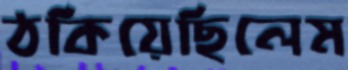
ঠকিয়েছিলেম